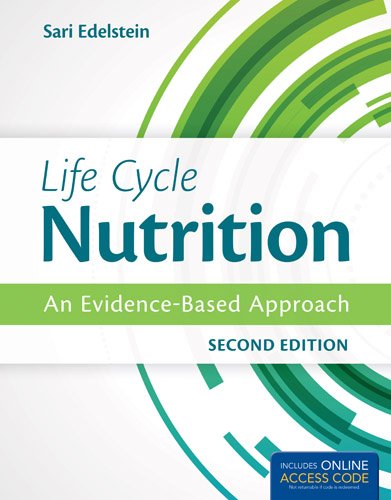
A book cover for Life Cycle Nutrition: An Evidence-Based Approach; Sari Edelstein; Medical Books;